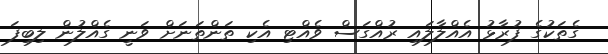
ގެތަކުގެ ފުރާޅު އެއްލާލައި ރުއްގަސް ވެއްޓި އެކި ތަންތަނަށް ވަނީ ގެއްލުން ލިބިފަ